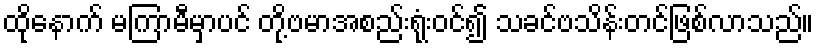
ထိုနောက် မကြာမီမှာပင် တို့ဗမာအစည်းရုံးဝင်၍ သခင်ဗသိန်းတင်ဖြစ်လာသည်။